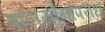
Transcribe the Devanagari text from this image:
बालयौनापराध